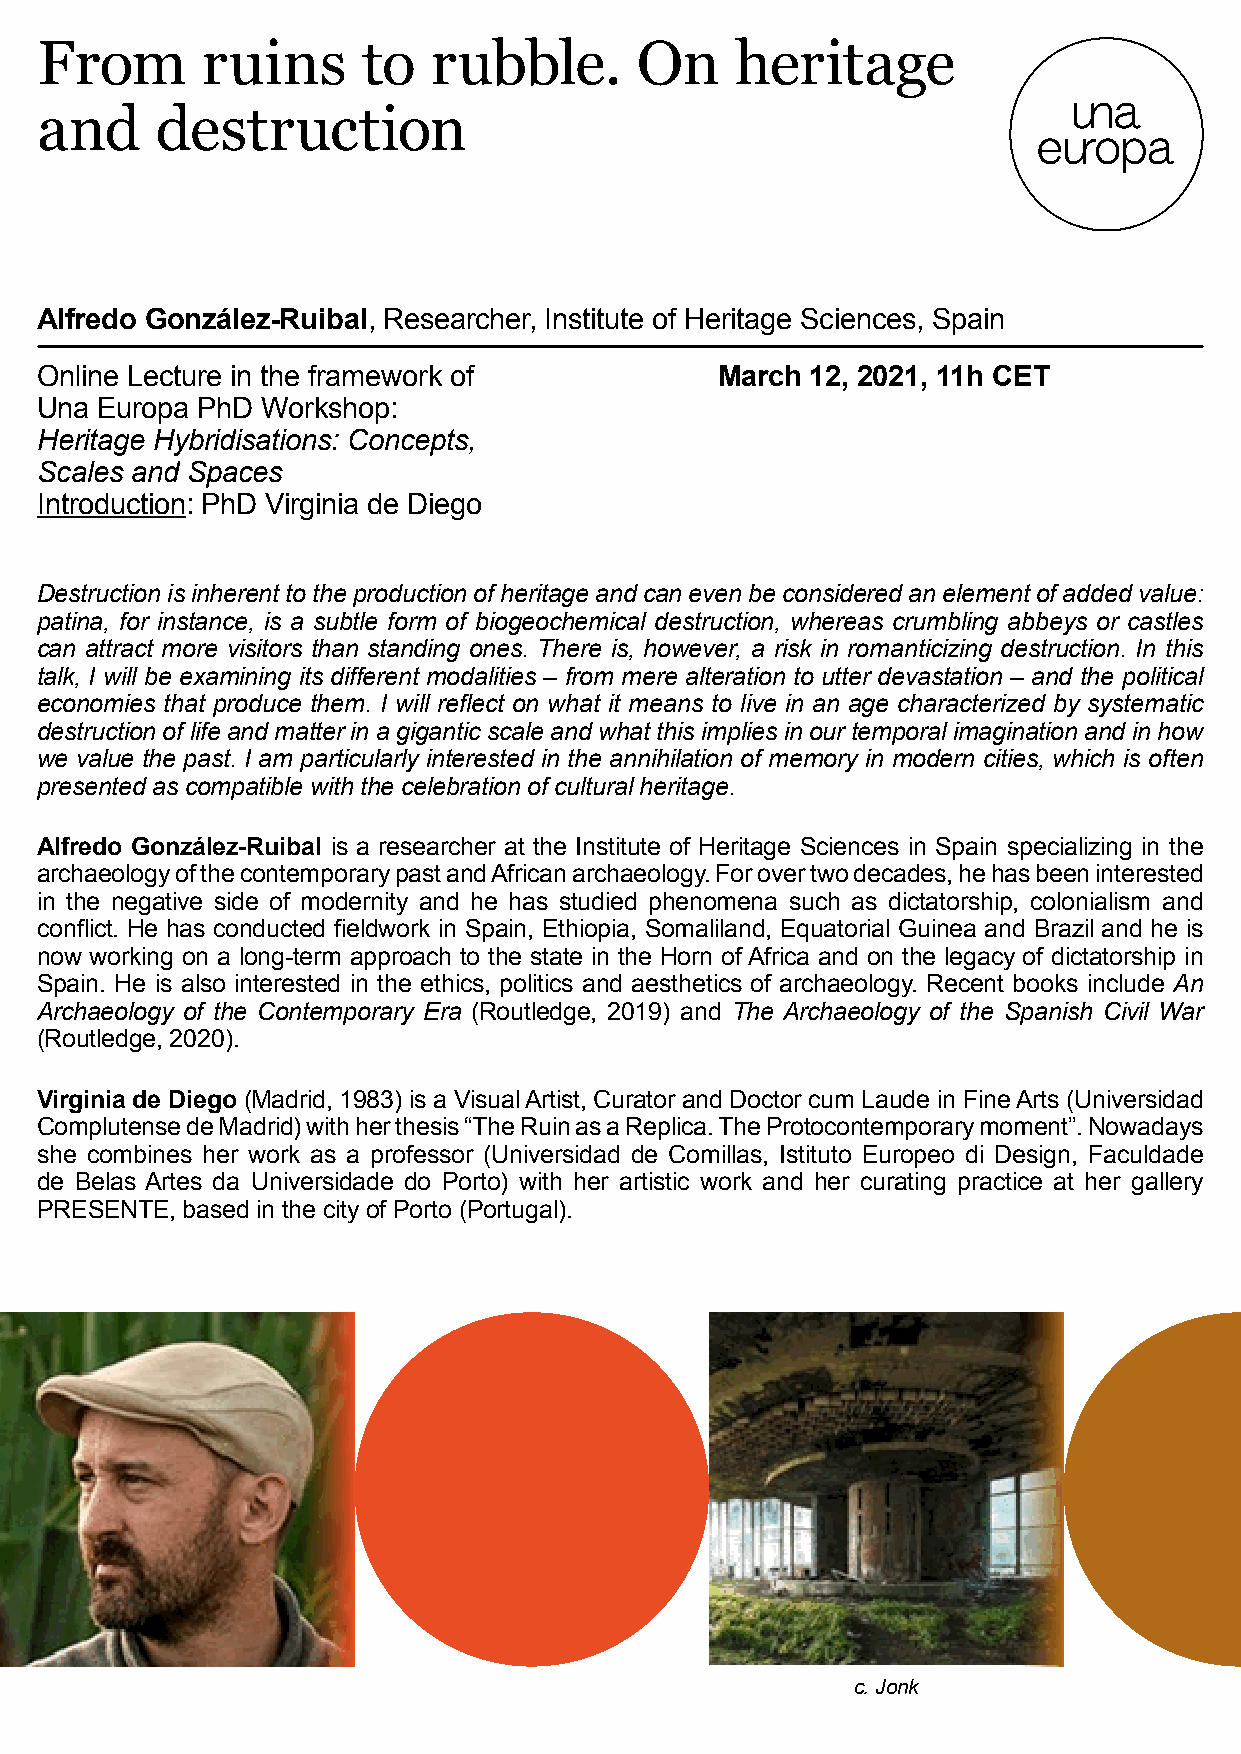
From       ruins      to   rubble.      On     heritage
 and     destruction
 Alfredo González-Ruibal, Researcher, Institute of Heritage Sciences, Spain
 Online Lecture in the framework of           March  12, 2021, 11h CET
 Una Europa PhD Workshop:
 Heritage Hybridisations: Concepts,
 Scales and Spaces
 Introduction: PhD Virginia de Diego
 Destruction is inherent to the production of heritage and can even be considered an element of added value:
 patina, for instance, is a subtle form of biogeochemical destruction, whereas crumbling abbeys or castles
 can attract more visitors than standing ones. There is, however, a risk in romanticizing destruction. In this
 talk, I will be examining its different modalities – from mere alteration to utter devastation – and the political
 economies that produce them. I will reflect on what it means to live in an age characterized by systematic
 destruction of life and matter in a gigantic scale and what this implies in our temporal imagination and in how
 we value the past. I am particularly interested in the annihilation of memory in modern cities, which is often
 presented as compatible with the celebration of cultural heritage.
 Alfredo González-Ruibal is a researcher at the Institute of Heritage Sciences in Spain specializing in the
 archaeology of the contemporary past and African archaeology. For over two decades, he has been interested
 in the negative side of modernity and he has studied phenomena such as dictatorship, colonialism and
 conflict. He has conducted fieldwork in Spain, Ethiopia, Somaliland, Equatorial Guinea and Brazil and he is
 now working on a long-term approach to the state in the Horn of Africa and on the legacy of dictatorship in
 Spain. He is also interested in the ethics, politics and aesthetics of archaeology. Recent books include An
 Archaeology of the Contemporary Era (Routledge, 2019) and The Archaeology of the Spanish Civil War
 (Routledge, 2020).
 Virginia de Diego (Madrid, 1983) is a Visual Artist, Curator and Doctor cum Laude in Fine Arts (Universidad
 Complutense de Madrid) with her thesis “The Ruin as a Replica. The Protocontemporary moment”. Nowadays
 she combines her work as a professor (Universidad de Comillas, Istituto Europeo di Design, Faculdade
 de Belas Artes da Universidade do Porto) with her artistic work and her curating practice at her gallery
 PRESENTE, based in the city of Porto (Portugal).
 c. Jonk